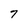
Character: 7